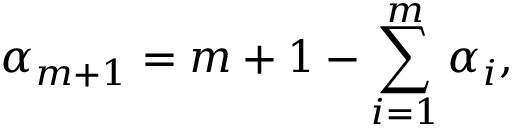
\alpha _ { m + 1 } = m + 1 - \sum _ { i = 1 } ^ { m } \alpha _ { i } ,